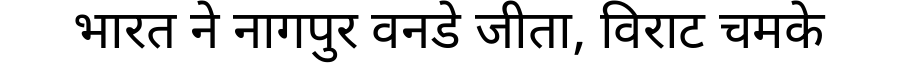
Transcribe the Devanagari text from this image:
भारत ने नागपुर वनडे जीता, विराट चमके